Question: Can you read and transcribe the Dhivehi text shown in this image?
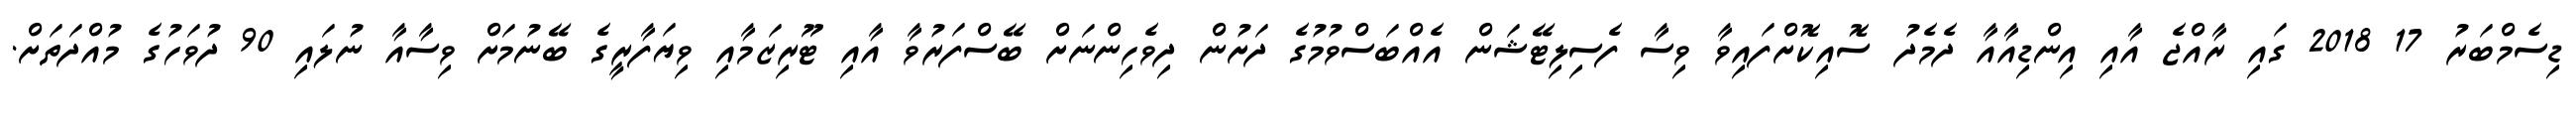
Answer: ޑިސެމްބަރު 17 2018 ގައި ރާއްޖެ އާއި އިންޑިއާއާ ދެމެދު ސޮއިކޮށްފައިވާ ވިސާ ފެސިލިޓޭޝަން އެއްބަސްވުމުގެ ދަށުން ދިވެހިންނަށް ބޭސްފަރުވާ އާއި ޓޫރިޒަމާއި ވިޔަފާރީގެ ބޭނުމަށް ވިސާއާ ނުލައި 90 ދުވަހުގެ މުއްދަތަށް.